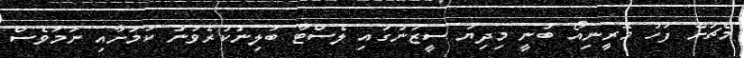
މެޗަށް ފަހު މޮރީނިއޯ ބުނީ މިދިޔަ ސީޒަނުގައި ލެސްޓާ ބަލިނުކުރެވުނު ކަމަށާއި ނަމަވެސް